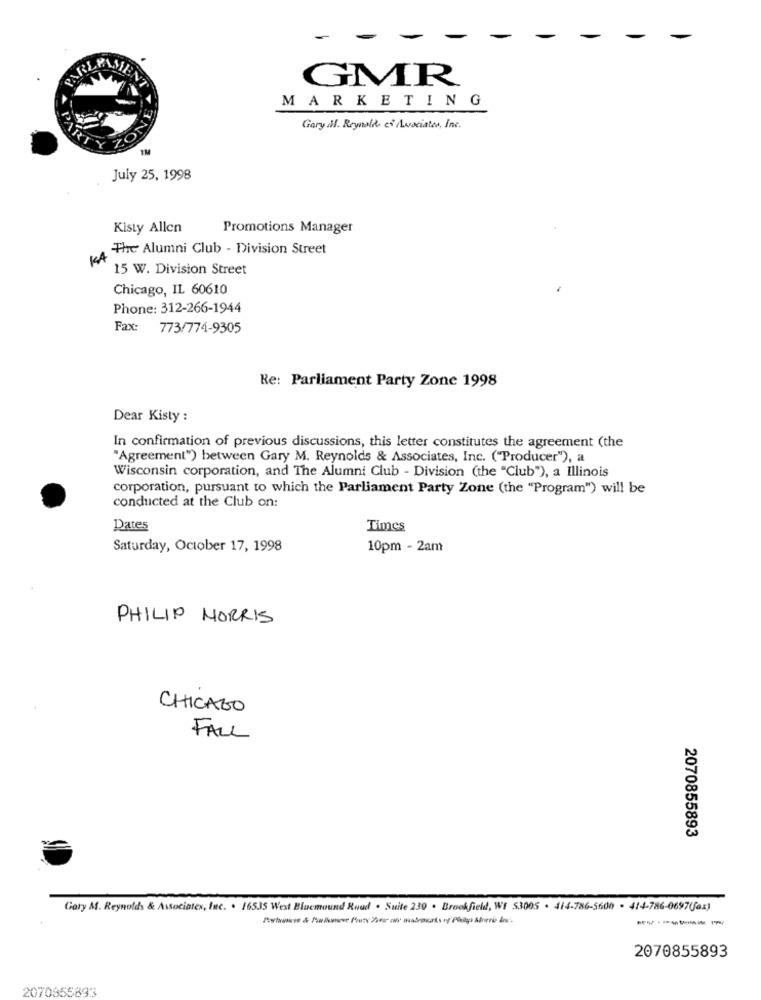
GMR
RLYLMENT
MARKETING
Gary dl. Reynolds es Avociates, Inc.
TM
July 25, 1998
Kisty Allen
Promotions Manager
The Alumni Club - Division Street
KA
15 W. Division Street
Chicago, IL 60610
Phone: 312-266-1944
Fax: 773/774-9305
Re: Parliament Party Zone 1998
Dear Kisty :
In confirmation of previous discussions, this letter constitutes the agreement (the
"Agreement") between Gary M. Reynolds & Associates, Inc. ("Producer"), a
Wisconsin corporation, and The Alumni Club - Division (the "Club"), a Illinois
corporation, pursuant to which the Parliament Party Zone (the "Program") will be
conducted at the Club on:
Dates
Times
Saturday, October 17, 1998
10pm - 2am
PHILIP MORRIS
CHICAGO
FALL
2070855893
Gary M. Reynolds & Associates, Inc. . 16535 West Bluemound Roud . Suite 230 . Brookfield, WE 53005 . 414-786-5600 . 414-786-0697(fax)
2070855893
2070855893